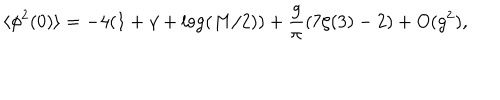
LaTeX: \langle \phi ^ { 2 } ( 0 ) \rangle = - 4 ( 1 + \gamma + \log ( M / 2 ) ) + \frac { g } { \pi } ( 7 \zeta ( 3 ) - 2 ) + O ( g ^ { 2 } ) ,